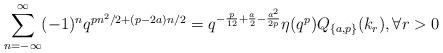
LaTeX: \begin{align*}\sum^{\infty}_{n=-\infty}(-1)^nq^{pn^2/2+(p-2a)n/2}=q^{-\frac{p}{12}+\frac{a}{2}-\frac{a^2}{2p}}\eta(q^p)Q_{\{a,p\}}(k_r), \forall r>0\end{align*}